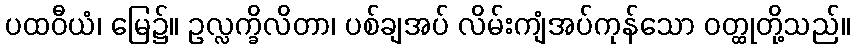
ပထဝီယံ၊ မြေ၌။ ဥလ္လက္ခိလိတာ၊ ပစ်ချအပ် လိမ်းကျံအပ်ကုန်သော ဝတ္ထုတို့သည်။